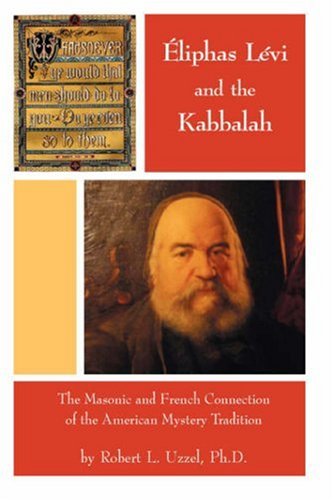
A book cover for ÃEliphas LÃ©vi and the Kabbalah - The Masonic and French Connection of the American Mystery Tradition; Robert L. Uzzel; Religion & Spirituality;